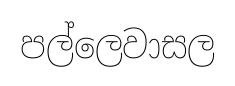
පල්ලෙවාසල